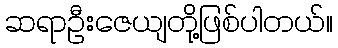
ဆရာဦးဇေယျတို့ဖြစ်ပါတယ်။